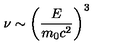
\nu \sim \left( \frac { E } { m _ { 0 } c ^ { 2 } } \right) ^ { 3 }